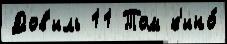
Дов'иль 11 Том к'ино́